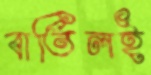
বাতিলই